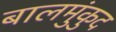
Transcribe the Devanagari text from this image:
बालमुंकुद